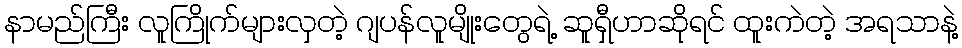
နာမည်ကြီး လူကြိုက်များလှတဲ့ ဂျပန်လူမျိုးတွေရဲ့ ဆူရှီဟာဆိုရင် ထူးကဲတဲ့ အရသာနဲ့